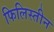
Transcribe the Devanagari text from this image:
फिलिस्‍तीन